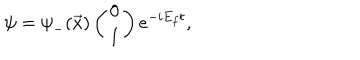
\psi = { \psi } _ { - } ( \vec { x } ) \left( \begin{array} { c } { { 0 } } \\ { { 1 } } \\ \end{array} \right) e ^ { - i E _ { f } t } ,